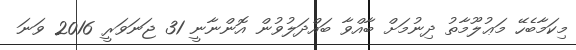
މިކަމާބެހޭ މަޢުލޫމާތު ދިނުމަށް ބާއްވާ ބައްދަލުވުން އޮންނާނީ 31 ޖަނަވަރީ 2016 ވަނަ